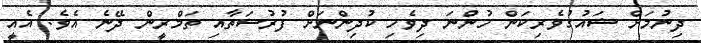
ދިނުމަށް ޝައުގުވެރިކަން ހުންނަ ދިވެހި ކުދިންނަށް ފުރުސަތާއި ތަމްރީން ދޭނެ އެވެ. އެއީ